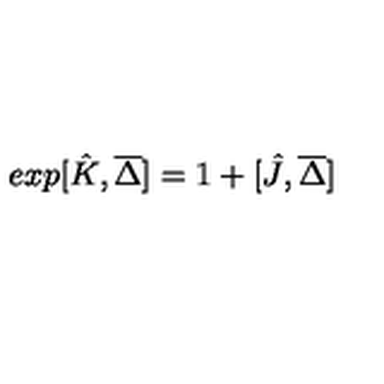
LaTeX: e x p [ \hat { K } , \overline { { \Delta } } ] = 1 + [ \hat { J } , \overline { { \Delta } } ]